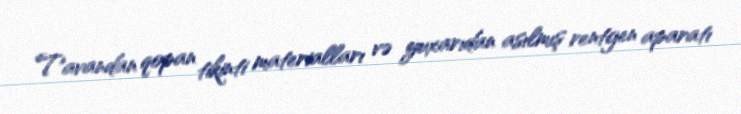
Tavandan qopan tikinti materialları və yuxarıdan asılmış rentgen aparatı